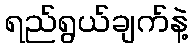
ရည်ရွယ်ချက်နဲ့